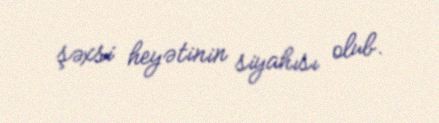
şəxsi heyətinin siyahısı olub.